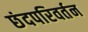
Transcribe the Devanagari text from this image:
छंदपरिवर्तन